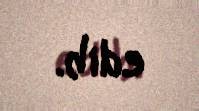
edib.